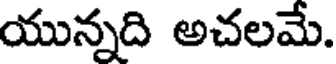
యున్నది అచలమే.